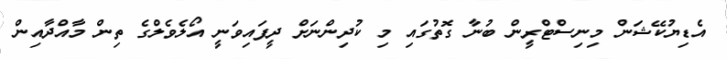
އެޑިޔުކޭޝަން މިނިސްޓްރީން ބުނާ ގޮތުގައި މި ކުދިންނަށް ދީފައިވަނީ އޯލެވެލްގެ ތިން މާއްދާއިން